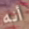
أنه